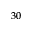
^ { 3 0 }